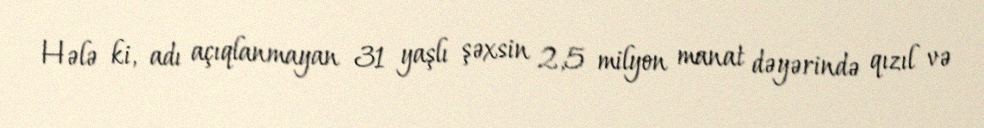
Hələ ki, adı açıqlanmayan 31 yaşlı şəxsin 2,5 milyon manat dəyərində qızıl və